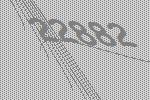
22882